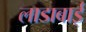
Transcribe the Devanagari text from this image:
लाडाबाई